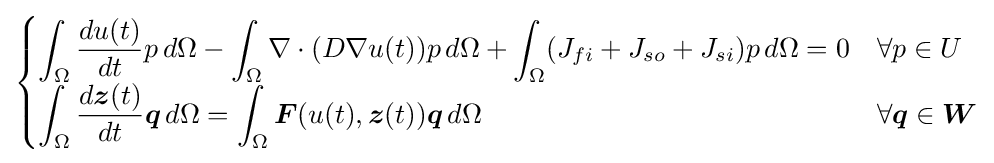
{\begin{cases}\displaystyle \int _{\Omega }{\dfrac {du(t)}{dt}}p\,d\Omega -\int _{\Omega }\nabla \cdot (D\nabla u(t))p\,d\Omega +\int _{\Omega }(J_{fi}+J_{so}+J_{si})p\,d\Omega =0&\forall p\in U\\[5pt]\displaystyle \int _{\Omega }{\dfrac {d{\boldsymbol {z}}(t)}{dt}}{\boldsymbol {q}}\,d\Omega =\int _{\Omega }{\boldsymbol {F}}(u(t),{\boldsymbol {z}}(t)){\boldsymbol {q}}\,d\Omega &\forall {\boldsymbol {q}}\in {\boldsymbol {W}}\end{cases}}